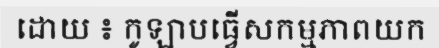
ដោយ ៖ កូឡាបធ្វើសកម្មភាពយក